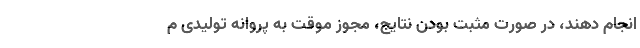
انجام دهند، در صورت مثبت بودن نتایج، مجوز موقت به پروانه تولیدی م